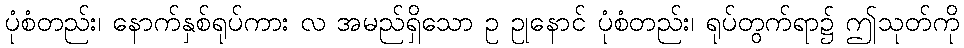
ပုံစံတည်း၊ နောက်နှစ်ရုပ်ကား လ အမည်ရှိသော ဥ ဥုနောင် ပုံစံတည်း၊ ရုပ်တွက်ရာ၌ ဤသုတ်ကို